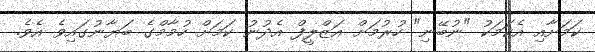
ކަމަށާއި އެކަމަކު "ނުބޭނި" ހުރުމަށް އަޒްލީފް އެދުނު ކަމަށް ހުމާމްގެ ބަޔާނުގައިވެ އެވެ.